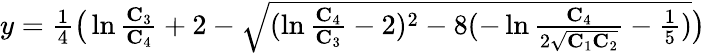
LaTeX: \begin{array}{r}{y=\frac{1}{4}\big(\ln\frac{\mathbf{C}_{3}}{\mathbf{C}_{4}}+2-\sqrt{(\ln\frac{\mathbf{C}_{4}}{\mathbf{C}_{3}}-2)^{2}-8(-\ln\frac{\mathbf{C}_{4}}{2\sqrt{\mathbf{C}_{1}\mathbf{C}_{2}}}-\frac{1}{5})}\big)}\end{array}